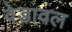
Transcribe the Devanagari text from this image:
वेडावल